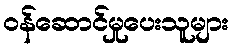
ဝန်ဆောင်မှုပေးသူများ